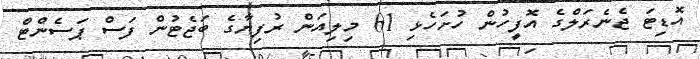
އޮޑިޓަ ޖެނެރަލްގެ އޮފީހުން ހުށަހެޅި 61 މިލިއަން ރުފިޔާގެ ބަޖެޓުން ފަސް ޕަސެންޓް